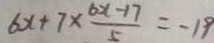
6 x + 7 \times \frac { 6 x - 1 7 } { 5 } = - 1 9